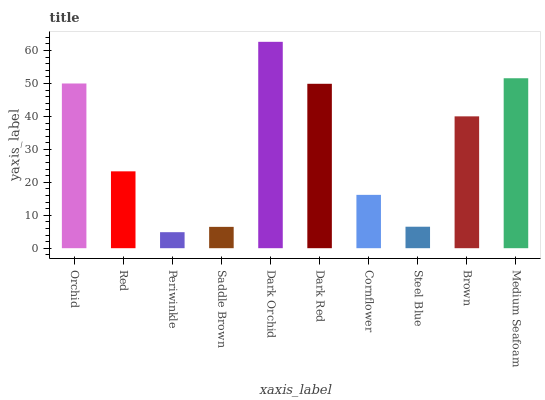
| xaxis_label | bars |
 | --- | --- |
 | Orchid | 50 |
 | Red | 23.3 |
 | Periwinkle | 4.86 |
 | Saddle Brown | 6.48 |
 | Dark Orchid | 62.7 |
 | Dark Red | 49.9 |
 | Cornflower | 16.2 |
 | Steel Blue | 6.52 |
 | Brown | 40 |
 | Medium Seafoam | 51.6 |